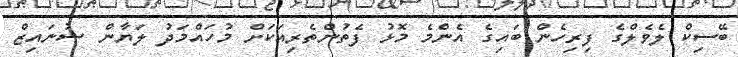
ބޭސިކް ލެވެލްގެ ފިރިހެން ބައިގެ އެންމެ މޮޅު ފެތުންތެރިއަކަށް މުހައްމަދު ލަޔާން ޝުނައިޒް